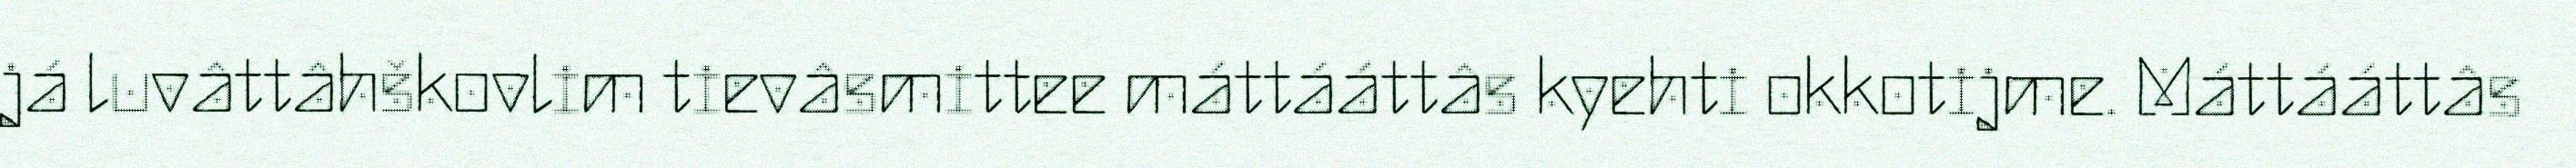
já luvâttâhškovlim tievâsmittee máttááttâs kyehti okkotijme. Máttááttâs